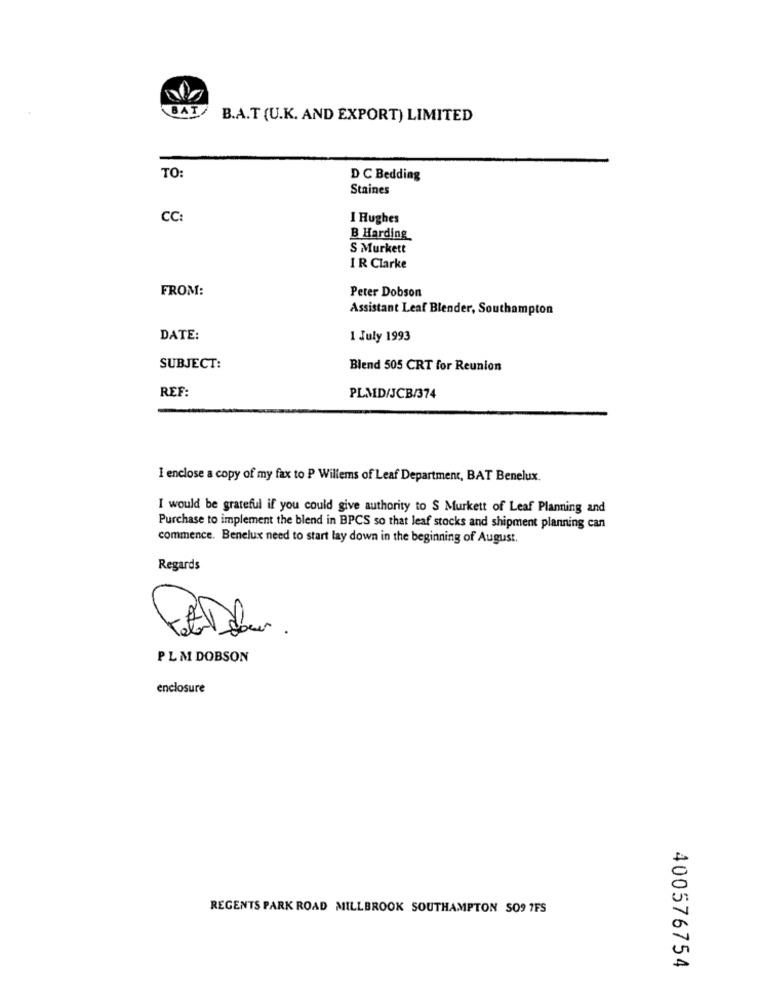
BAT
B.A.T (U.K. AND EXPORT) LIMITED
TO:
D C Bedding
Staines
CC:
I Hughes
B Harding
S Murkett
I R Clarke
FROM:
Peter Dobson
Assistant Leaf Blender, Southampton
DATE:
1 July 1993
SUBJECT:
Blend 505 CRT for Reunion
REF:
PLMD/JCB/374
I enclose a copy of my fax to P Willems of Leaf Department, BAT Benelux.
I would be grateful if you could give authority to S Murkett of Leaf Planning and
Purchase to implement the blend in BPCS so that leaf stocks and shipment planning can
commence. Benelux need to start lay down in the beginning of August.
Regards
PL M DOBSON
enclosure
REGENTS PARK ROAD MILLBROOK SOUTHAMPTON SO9 1FS
400576754